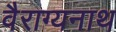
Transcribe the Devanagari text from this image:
वैराग्यनाथ